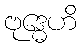
ဗုဒ္ဓေဟိ